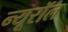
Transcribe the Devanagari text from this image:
न्यूरॉल